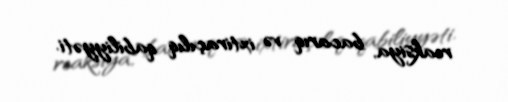
reaksiya, bacarıq və ixtiraçılıq qabiliyyəti.